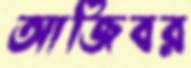
আজিবর